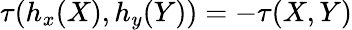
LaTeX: \tau(h_{x}(X),h_{y}(Y))=-\tau(X,Y)